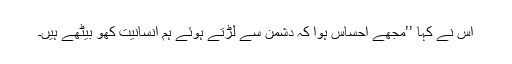
اس نے کہا ’’مجھے احساس ہوا کہ دشمن سے لڑتے ہوئے ہم انسانیت کھو بیٹھے ہیں۔